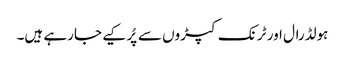
ہولڈرال اور ٹرنک کپڑوں سے پُر کیے جارہے ہیں۔